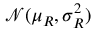
\mathcal { N } ( \mu _ { R } , \sigma _ { R } ^ { 2 } )